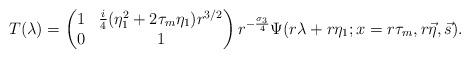
LaTeX: \begin{align*}T(\lambda)=\begin{pmatrix}1&\frac{i}{4}(\eta_1^2+2\tau_m\eta_1)r^{3/2}\\0&1\end{pmatrix}r^{-\frac{\sigma_3}{4}}\Psi(r\lambda+r\eta_1;x=r\tau_m,r\vec{\eta},\vec{s}).\end{align*}